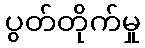
ပွတ်တိုက်မှု